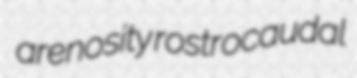
arenosity rostrocaudal